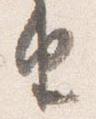
由